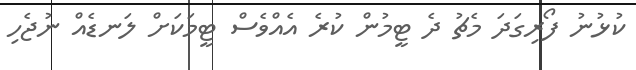
ކުޅުނު ފޯރިގަދަ މެޗު ދެ ޓީމުން ކުރެ އެއްވެސް ޓީމަކަށް ލަނޑެއް ނުޖެހި